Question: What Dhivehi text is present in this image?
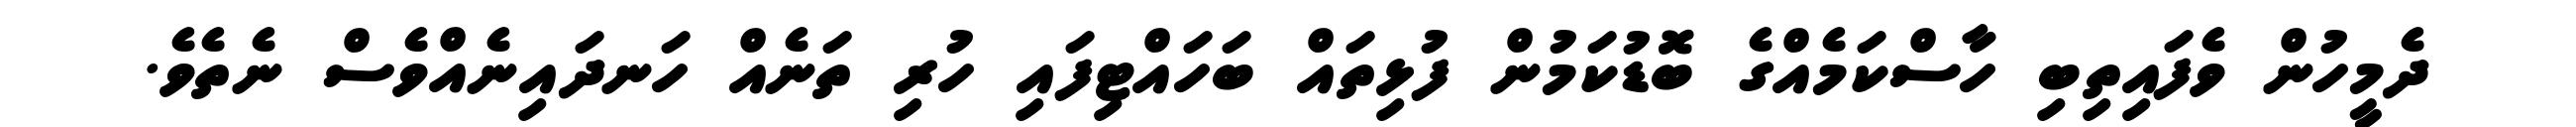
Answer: ދެމީހުން ވެފައިތިބި ހާސްކަމެއްގެ ބޮޑުކަމުން ފުޅިތައް ބަހައްޓިފައި ހުރި ތަނެއް ހަނދައިނެއްވެސް ނެތެވެ.